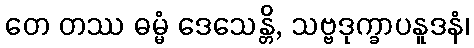
တေ တဿ ဓမ္မံ ဒေသေန္တိ, သဗ္ဗဒုက္ခာပနူဒနံ၊